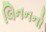
લિનનનો